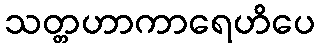
သတ္တဟာကာရေဟိပေ